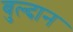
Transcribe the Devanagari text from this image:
बुल्दान